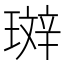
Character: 𤨘